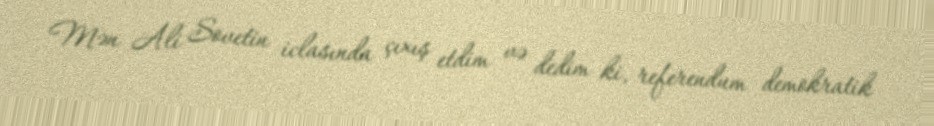
Mən Ali Sovetin iclasında çıxış etdim və dedim ki, referendum demokratik